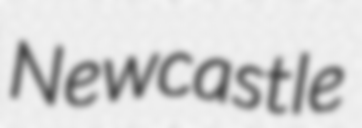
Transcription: Newcastle